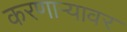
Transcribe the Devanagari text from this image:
करणाऱ्यावर